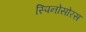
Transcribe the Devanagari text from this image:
स्‍पिनोसोरस